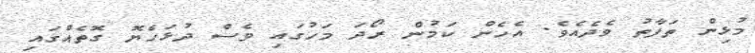
މުޅިން ތަފާތު ވެދެއެވެ. އެހެން ކަމުން ރޯދަ މަހުގައި ވެސް ދުޅަހެޔޮ ގޮތެއްގައި